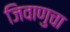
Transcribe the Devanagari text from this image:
जिवाणुचा